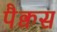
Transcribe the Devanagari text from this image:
पैक्वस